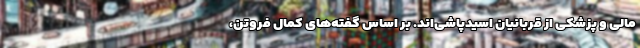
مالی و پزشکی از قربانیان اسیدپاشی‌اند. بر اساس گفته‌های کمال فروتن،